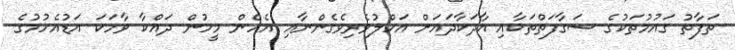
ތަފާތު ގައުމުތަކުގެ ސަގާފަތްތަކާއި އާދަކާދައަށް އަހްލުވެރިވެގެންނާއި އެހެން މީހުން ދައްކާ ވާހަކަ އަޑުއެހުމުގެ